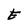
Character: E